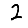
Digit: 2